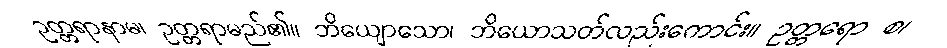
ဥတ္တရာနာမ၊ ဥတ္တရာမည်၏။ ဘိယျောသော၊ ဘိယောသတ်လည်းကောင်း။ ဥတ္တရော စ၊